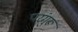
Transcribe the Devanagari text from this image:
परंगुरू